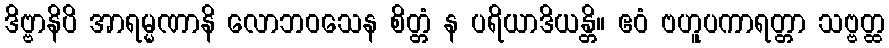
ဒိဗ္ဗာနိပိ အာရမ္မဏာနိ လောဘဝသေန စိတ္တံ န ပရိယာဒိယန္တိ။ ဧဝံ ဗဟူပကာရတ္တာ သဗ္ဗတ္ထ